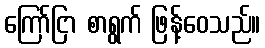
ကြော်ငြာ စာရွက် ဖြန့်ဝေသည်။